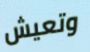
وتعيش